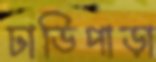
ঢাডিপাড়া